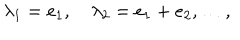
\lambda _ { 1 } = e _ { 1 } , \quad \lambda _ { 2 } = e _ { 1 } + e _ { 2 } , \ldots ,